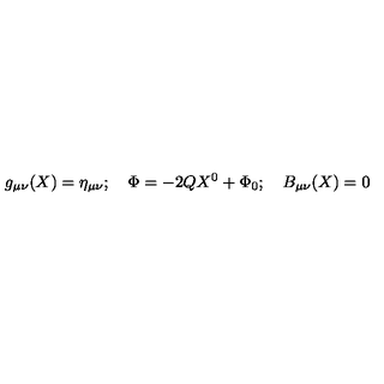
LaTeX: g _ { \mu \nu } ( X ) = \eta _ { \mu \nu } ; \quad \Phi = - 2 Q X ^ { 0 } + \Phi _ { 0 } ; \quad B _ { \mu \nu } ( X ) = 0